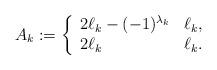
LaTeX: \begin{align*}A_k := \left\{\begin{array}{ll}2\ell_k - (-1)^{\lambda_k} & \ell_k ,\\2\ell_k & \ell_k .\\\end{array} \right.\end{align*}